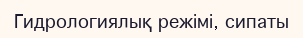
Гидрологиялық режімі, сипаты